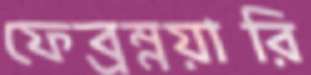
ফেব্রম্নয়ারি